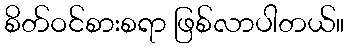
စိတ်ဝင်စားစရာ ဖြစ်လာပါတယ်။